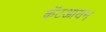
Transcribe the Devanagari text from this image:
कॅटआयन